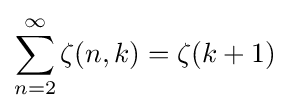
\sum _{n=2}^{\infty }\zeta (n,k)=\zeta (k+1)